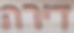
דירה